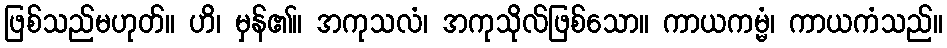
ဖြစ်သည်မဟုတ်။ ဟိ၊ မှန်၏။ အကုသလံ၊ အကုသိုလ်ဖြစ်သော။ ကာယကမ္မံ၊ ကာယကံသည်။